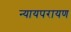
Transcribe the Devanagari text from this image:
न्यायपरायण